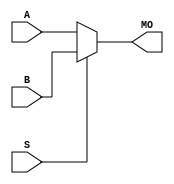
module stratix_mux21 (MO, A, B, S);
   input A, B, S;
   output MO;
   wire A_in;
   wire B_in;
   wire S_in;
   buf(A_in, A);
   buf(B_in, B);
   buf(S_in, S);
   wire   tmp_MO;
   specify
      (A => MO) = (0, 0);
      (B => MO) = (0, 0);
      (S => MO) = (0, 0);
   endspecify
   assign tmp_MO = (S_in == 1) ? B_in : A_in;
   buf (MO, tmp_MO);
endmodule